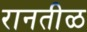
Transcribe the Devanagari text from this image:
रानतीळ